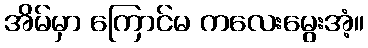
အိမ်မှာ ကြောင်မ ကလေးမွေးအံ့။